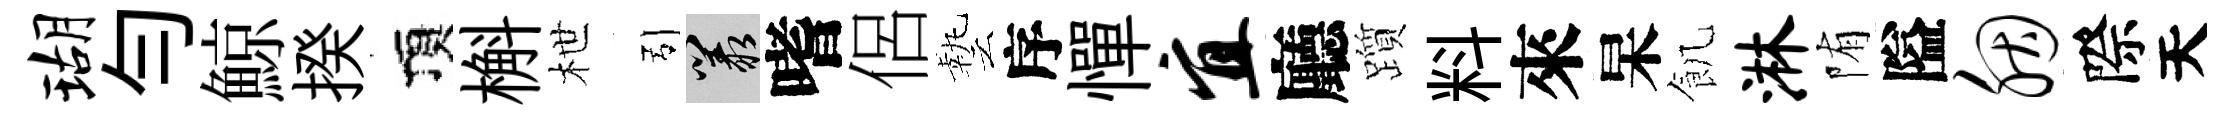
瑚勻鯨揆頂槲枻引叢嗜侶藝序憚宜廳躓料來杲飢淋陏隘胭際天